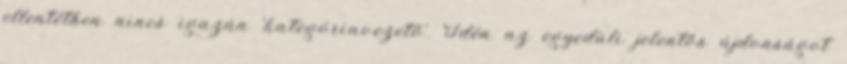
ellentétben nincs igazán 'kategóriavezető'. Idén az egyedüli jelentős újdonságot